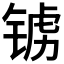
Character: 𫓺